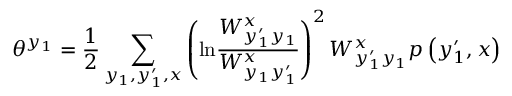
\theta ^ { y _ { 1 } } = \frac { 1 } { 2 } \sum _ { y _ { 1 } , y _ { 1 } ^ { \prime } , x } \left( \mathrm { l n } \frac { W _ { y _ { 1 } ^ { \prime } y _ { 1 } } ^ { x } } { W _ { y _ { 1 } y _ { 1 } ^ { \prime } } ^ { x } } \right) ^ { 2 } W _ { y _ { 1 } ^ { \prime } y _ { 1 } } ^ { x } p \left( y _ { 1 } ^ { \prime } , x \right)